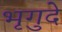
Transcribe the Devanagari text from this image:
भृगुदे